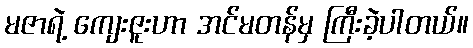
မဇာရဲ့ ကျေးဇူးဟာ အင်မတန်မှ ကြီးခဲ့ပါတယ်။